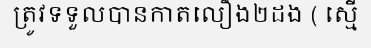
ត្រូវទទួលបានកាតលឿង២ដង ( ស្មើ